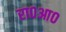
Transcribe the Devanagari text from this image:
रा०आ०